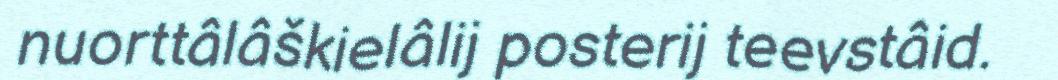
nuorttâlâškielâlij posterij teevstâid.